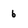
Character: 6